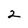
Character: 2